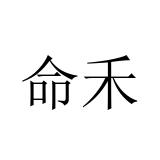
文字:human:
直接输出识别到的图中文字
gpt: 命禾